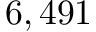
6 , 4 9 1